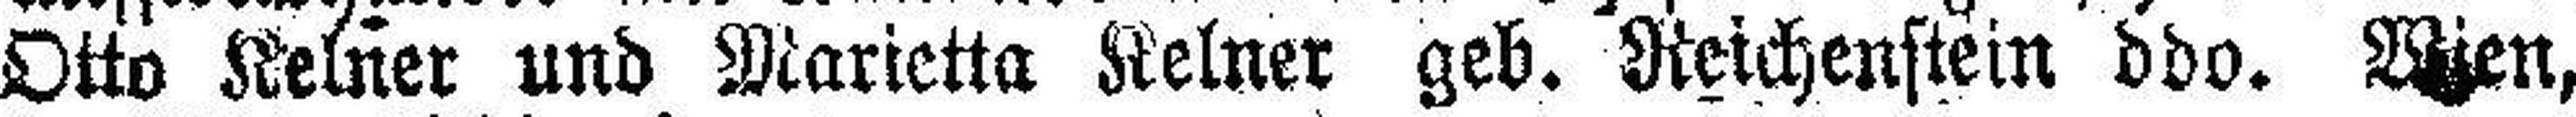
Otto Kelner und Marietta Kelner geb. Reichenstin ddo. Wien,